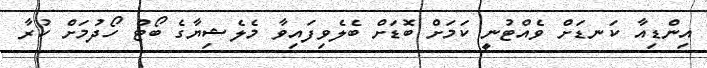
އިންޑިއާ ކަނޑަށް ވެއްޓުނީ ކަމަށް ބޮޑަށް ބެލެވިފައިވާ މެލެޝިޔާގެ ބޯޓް ހޯދުމަށް ކުރާ